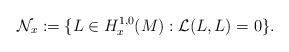
LaTeX: \begin{align*} \mathcal N_x := \{L\in H^{1,0}_x(M) : \mathcal L(L, L)=0\}.\end{align*}